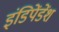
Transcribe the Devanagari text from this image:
इंडिपेंडेंश